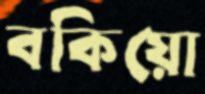
বকিয়ো